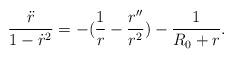
LaTeX: \begin{align*}\frac{\ddot{r}}{1 - \dot{r}^2} = - (\frac{1}{r} - \frac{r''}{r^2}) -\frac{1}{R_{0} + r}.\end{align*}